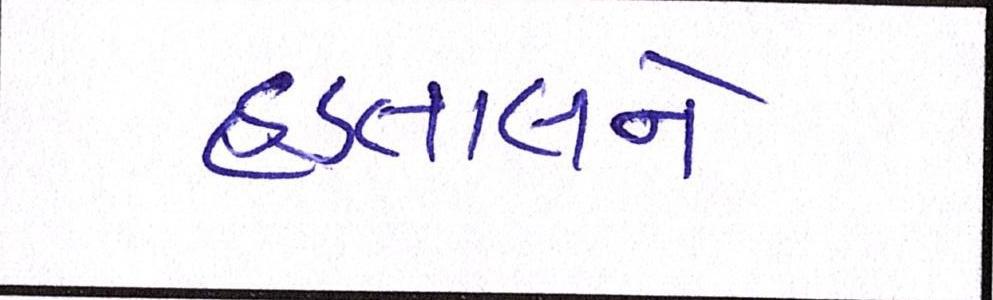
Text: હડતાલને